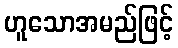
ဟူသောအမည်ဖြင့်